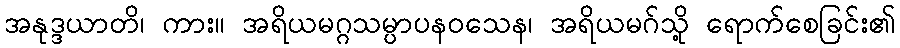
အနုဒ္ဒယာတိ၊ ကား။ အရိယမဂ္ဂသမ္ပာပနဝသေန၊ အရိယမဂ်သို့ ရောက်စေခြင်း၏